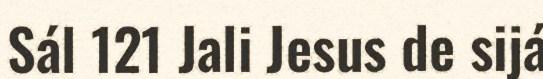
Sál 121 Jali Jesus de sijá